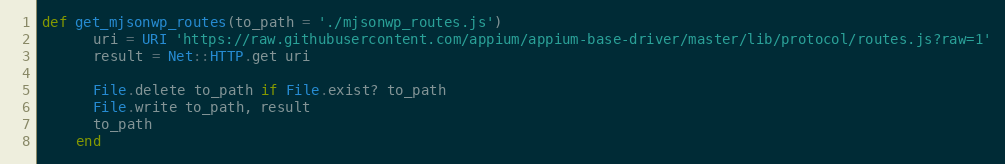
Language: Ruby
def get_mjsonwp_routes(to_path = './mjsonwp_routes.js')
      uri = URI 'https://raw.githubusercontent.com/appium/appium-base-driver/master/lib/protocol/routes.js?raw=1'
      result = Net::HTTP.get uri

      File.delete to_path if File.exist? to_path
      File.write to_path, result
      to_path
    end